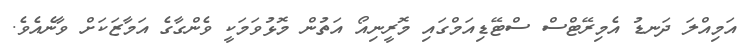
އަމިއްލަ ދަނޑު އެމިރޭޓްސް ސްޓޭޑިއަމްގައި މޮރީނިއޯ އަތުން މޮޅުވަމަކީ ވެންގާގެ އަމާޒަކަށް ވާނެއެވެ.